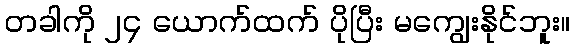
တခါကို ၂၄ ယောက်ထက် ပိုပြီး မကျွေးနိုင်ဘူး။